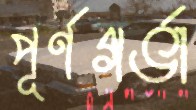
পূর্ণগর্ভা